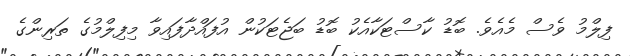
ފިލްމު ވެސް މެއެވެ. ބޮޑު ކާސްޓަކާއެކު ބޮޑު ބަޖެޓަކުން އުފައްދާފައިވާ މިފިލްމުގެ ތަރިންގެ